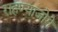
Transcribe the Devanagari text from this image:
राहण्याजोगे